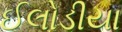
ઈલોડીયા